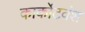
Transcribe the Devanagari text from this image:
कार्कोटवंश